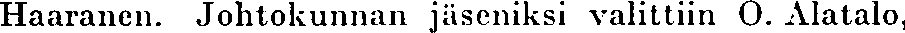
Haaranen. Johtokunnan jäseniksi valittiin O. Alatalo,